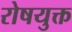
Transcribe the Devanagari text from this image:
रोषयुक्त